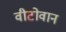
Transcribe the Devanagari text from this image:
वीटोवान